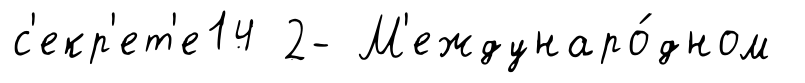
с'екр'ет'е14 2- М'еждунаро́дном